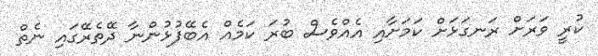
ކުރީ ވަރަށް ރަނގަޅަށް ކަމަށާއި އެއްވެސް ބުރަ ކަމެއް އެބޭފުޅުންނާ ދޭތެރޭގައި ނެތް